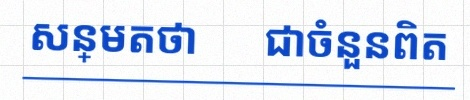
សន្មតថា x ជាចំនួនពិត